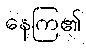
နေကြ၏